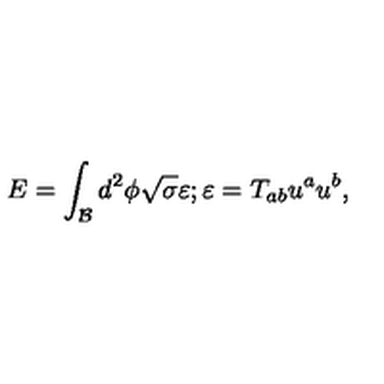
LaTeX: E = \int _ { \mathcal { B } } d ^ { 2 } \phi \sqrt { \sigma } \varepsilon ; \varepsilon = T _ { a b } u ^ { a } u ^ { b } ,